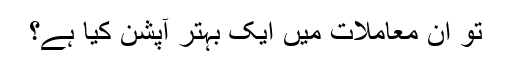
تو ان معاملات میں ایک بہتر آپشن کیا ہے؟